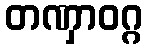
တဏှာဝဂ္ဂ